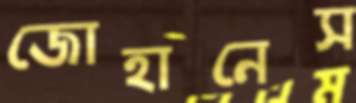
জোহানেস